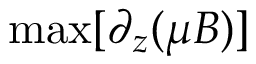
\operatorname* { m a x } [ \partial _ { z } ( \mu B ) ]